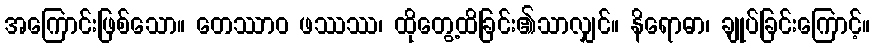
အကြောင်းဖြစ်သော။ တေဿာဝ ဖဿဿ၊ ထိုတွေ့ထိခြင်း၏သာလျှင်။ နိရောဓာ၊ ချုပ်ခြင်းကြောင့်။